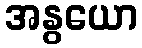
အနွယော